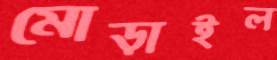
মোড়াইল